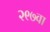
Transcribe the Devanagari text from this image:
२९७वा